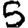
Digit: 5